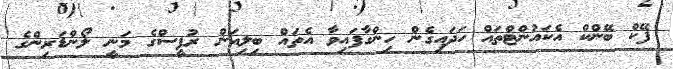
ފޭކް ބޭންކް އެކައުންޓްތައް ހަދައިގެން ހިންގާފައިވާ އެތައް ބިލިއަން ރުޕީސްގެ މަނީ ލޯންޑަރިންގެ